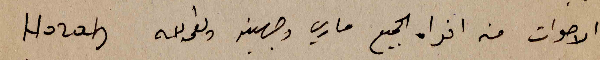
الاصوات من افواه الجميع ماري وجهينه ونعمه الله Horah